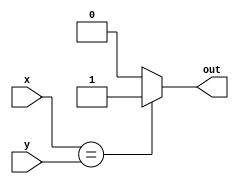
module EQUAL(x, y, out);
   input [3:0] x,y;
   output   reg   out;

   always @(x,y)
     begin
	if(x == y)
	  out = 1;
	else
	  out = 0;
     end
endmodule // EQUAL

module GREATER(x,y,out);
   input [3:0] x,y;
   output 	reg	out;

   always @(x,y)
     begin
	if(x > y)
	  out = 1;
	else
	  out = 0;
     end
endmodule // GREATER

module LESS(x,y,out);
   input [3:0] x,y;
   output   reg   out;

   always @(x,y)
     begin
	if(x < y)
	  out = 1;
	else
	  out = 0;
     end
endmodule // LESS

module MAX(x,y,out);
	input [3:0] x,y;
	output [3:0] out;

	assign out = (x>y) ? x:y; // just an inline if-else statement. Can use assign this way.
	
endmodule // MAX